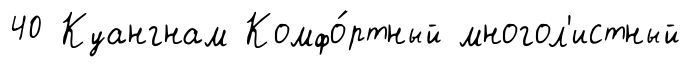
40 Куангнам Комфо́ртный многол'истный